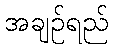
အချဉ်ရည်